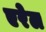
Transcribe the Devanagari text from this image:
एरेल